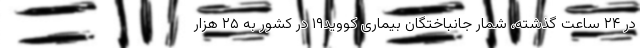
در ۲۴ ساعت گذشته، شمار جانباختگان بیماری کووید۱۹ در کشور به ۲۵ هزار